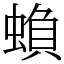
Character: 蝜